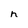
Character: n